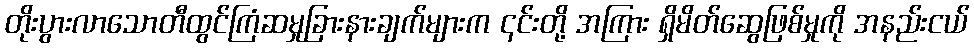
တိုးပွားလာသောတီထွင်ကြံဆမှုခြားနားချက်များက ၎င်းတို့ အကြား ရှိမိတ်ဆွေဖြစ်မှုကို အနည်းငယ်